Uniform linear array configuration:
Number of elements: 24
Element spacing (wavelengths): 0.5
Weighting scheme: binomial
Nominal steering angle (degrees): -30
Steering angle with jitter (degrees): -29.809
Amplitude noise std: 0.05
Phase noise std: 0.05

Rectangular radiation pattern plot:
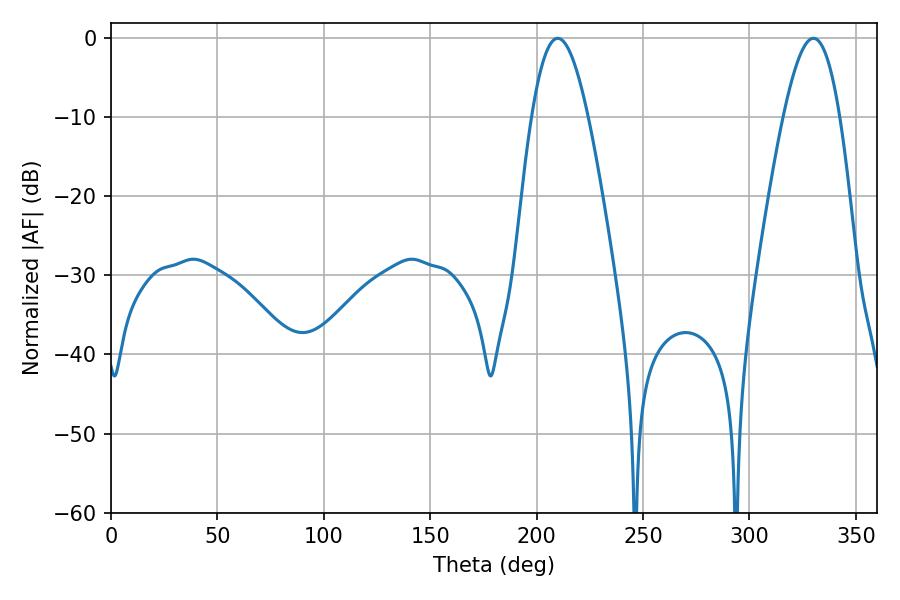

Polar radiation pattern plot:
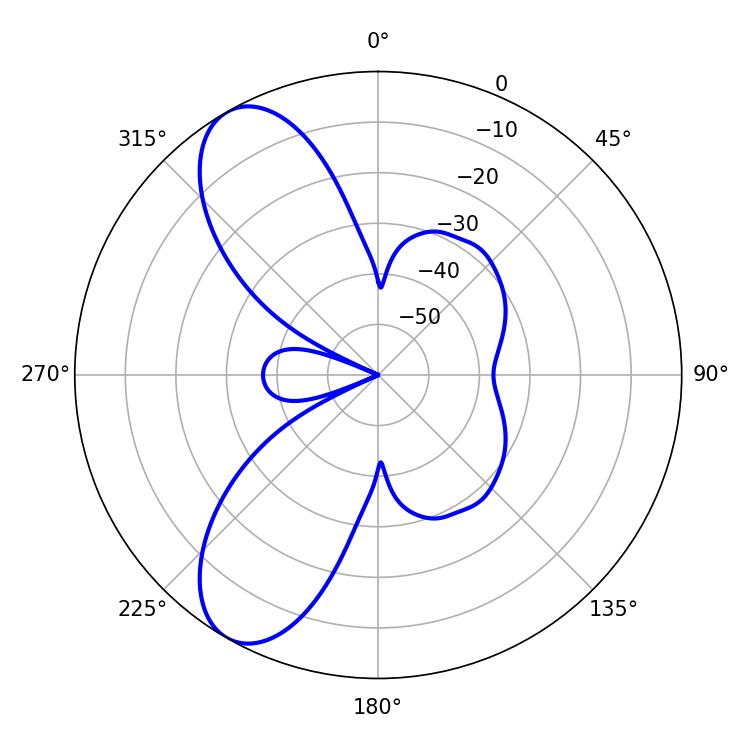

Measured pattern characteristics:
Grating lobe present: FALSE
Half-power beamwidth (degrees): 14.4
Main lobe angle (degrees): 209.88